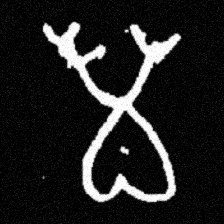
Pyu character \u2014 Myanmar letter: မ (romanized: ma)